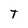
Character: T